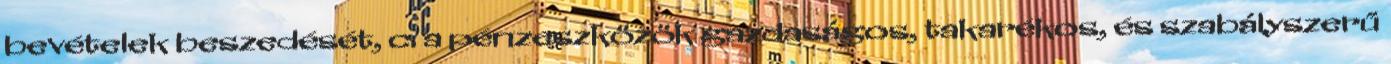
bevételek beszedését, c. a pénzeszközök gazdaságos, takarékos, és szabályszerű